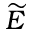
\widetilde { E }